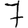
Digit: 7